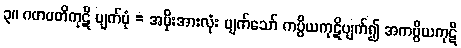
၃။ ဂဟပတိကုဋိ ပျက်ပုံ = အမိုးအားလုံး ပျက်သော် ကပ္ပိယကုဋိပျက်၍ အကပ္ပိယကုဋိ